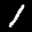
Label: 1